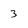
Character: 3